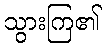
သွားကြ၏